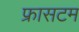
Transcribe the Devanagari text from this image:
फ्रासटम